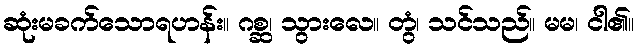
ဆုံးမခက်သောရဟန်း။ ဂစ္ဆ၊ သွားလေ။ တွံ၊ သင်သည်။ မမ၊ ငါ၏။